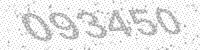
Solution: 093450